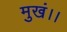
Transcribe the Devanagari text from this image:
मुखं।।